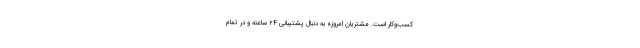
کسب‌وکار است. مشتریان امروزه به دنبال پشتیبانی ۲۴ ساعته و در تمام